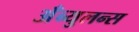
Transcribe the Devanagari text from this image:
अँब्युलन्स